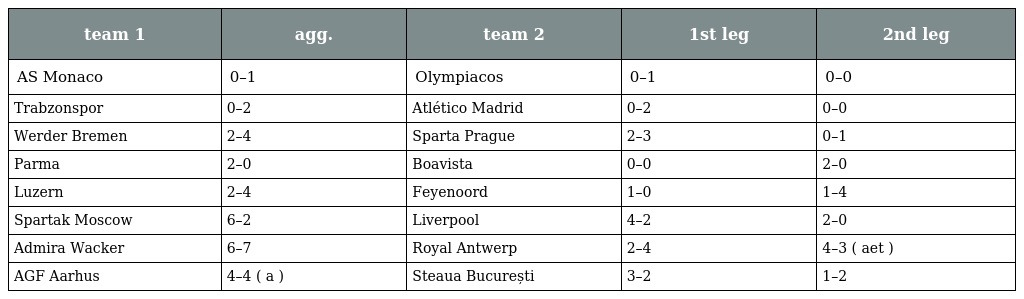
| team 1 | agg. | team 2 | 1st leg | 2nd leg |
 | --- | --- | --- | --- | --- |
 | AS Monaco | 0–1 | Olympiacos | 0–1 | 0–0 |
 | Trabzonspor | 0–2 | Atlético Madrid | 0–2 | 0–0 |
 | Werder Bremen | 2–4 | Sparta Prague | 2–3 | 0–1 |
 | Parma | 2–0 | Boavista | 0–0 | 2–0 |
 | Luzern | 2–4 | Feyenoord | 1–0 | 1–4 |
 | Spartak Moscow | 6–2 | Liverpool | 4–2 | 2–0 |
 | Admira Wacker | 6–7 | Royal Antwerp | 2–4 | 4–3 ( aet ) |
 | AGF Aarhus | 4–4 ( a ) | Steaua București | 3–2 | 1–2 |